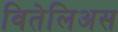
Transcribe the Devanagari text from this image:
वितेलिअस